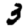
Digit: 3